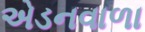
એડનવાળા